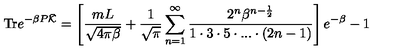
\mathrm { T r } e ^ { - \beta P \bar { \cal K } } = \left[ \frac { m L } { \sqrt { 4 \pi \beta } } + \frac { 1 } { \sqrt { \pi } } \sum _ { n = 1 } ^ { \infty } \frac { 2 ^ { n } \beta ^ { n - \frac { 1 } { 2 } } } { 1 \cdot 3 \cdot 5 \cdot . . . \cdot ( 2 n - 1 ) } \right] e ^ { - \beta } - 1